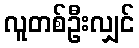
လူတစ်ဦးလျှင်